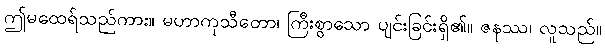
ဤမထေရ်သည်ကား။ မဟာကုသီတော၊ ကြီးစွာသော ပျင်းခြင်းရှိ၏။ ဇနဿ၊ လူသည်။